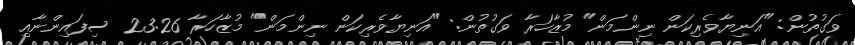
ވަގުތުން: "އަނިޔާވެރިކަން ނިންމަން" މުޒާހަރާ ވަގުތުން: "އަނިޔާވެރިކަން ނިންމަން" މުޒާހަރާ 23:26 ސިފައިންނާއި